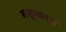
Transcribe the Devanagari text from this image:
भकुलान